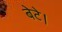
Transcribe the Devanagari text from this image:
बेटे।